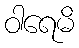
ဝါရေမိ